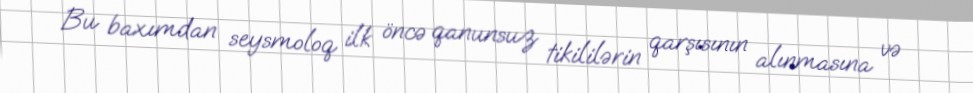
Bu baxımdan seysmoloq ilk öncə qanunsuz tikililərin qarşısının alınmasına və